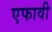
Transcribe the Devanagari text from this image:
एफावी